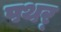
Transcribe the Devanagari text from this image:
पथर्